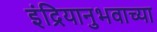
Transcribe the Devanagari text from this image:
इंद्रियानुभवाच्या